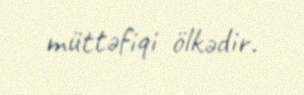
müttəfiqi ölkədir.